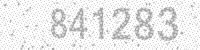
Solution: 841283